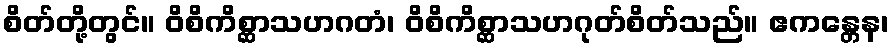
စိတ်တို့တွင်။ ဝိစိကိစ္ဆာသဟဂတံ၊ ဝိစိကိစ္ဆာသဟဂုတ်စိတ်သည်။ ဧကန္တေန၊